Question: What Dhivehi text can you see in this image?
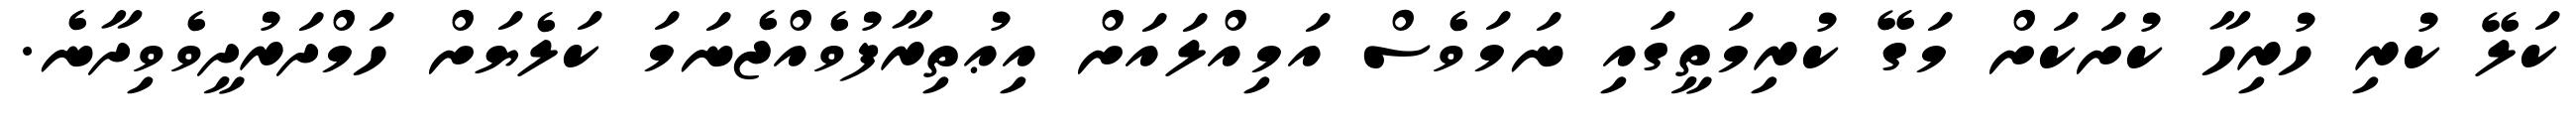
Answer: ކަލޭ ކުރި ހުރިހާ ކުށަކަށް މަގޭ ކުރިމަތީގައި ނަމަވެސް އަމިއްލައަށް އިޢުތިރާފުވެއްޖެނަމަ ކަލެޔަށް ހަމްދަރުދީވެވިދާނެ.